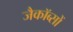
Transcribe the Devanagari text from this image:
जैकॉब्सों